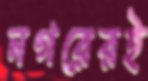
নগরেরই